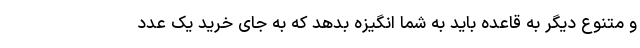
و متنوع دیگر به قاعده باید به شما انگیزه بدهد که به جای خرید یک عدد